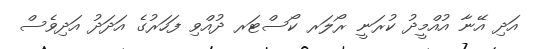
އަދި އޭނާ އުއްމީދު ކުރަނީ ރޯލަރ ކޯސްޓަރ ދުއްވި ފަހަރުގެ އަދަދު އަދިވެސް